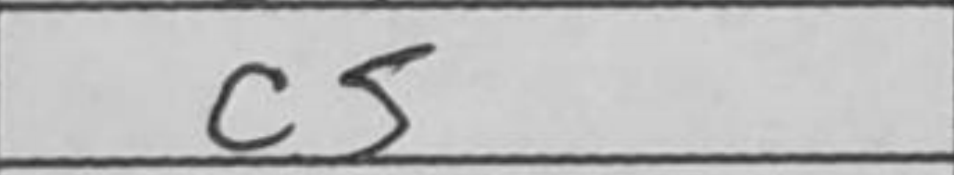
Transcription: c5